Regulations for the medical services of the Army of India
Year: 1930
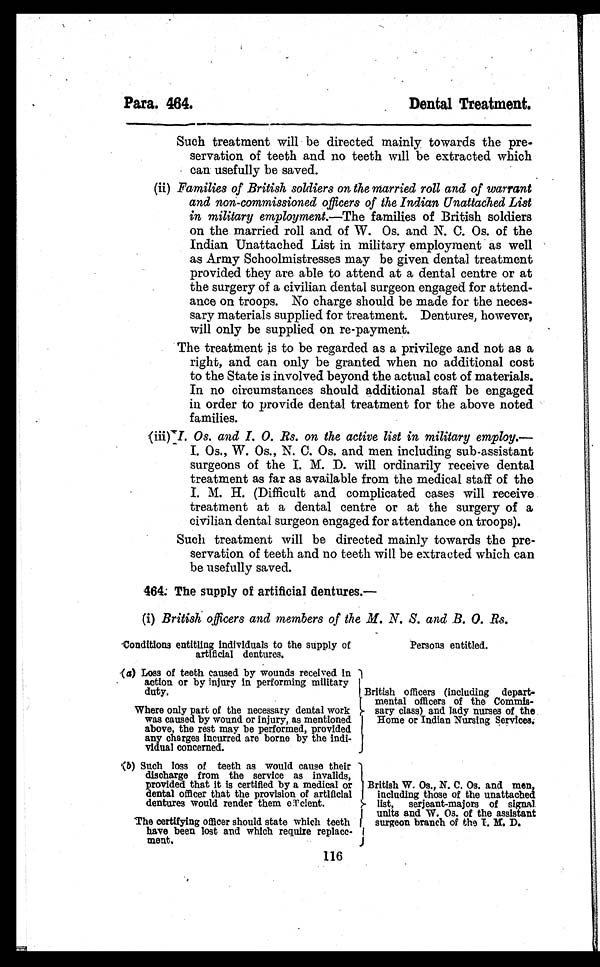
Para. 464.
Dental Treatment.
Such treatment will be directed mainly towards the pre-
servation of teeth and no teeth will be extracted which
can usefully be saved.
(ii) Families of British soldiers on the married roll and of warrant
and non-commissioned officers of the Indian Unattached List
in military employment .—The families of British soldiers
on the married roll and of W. Os. and N. C. Os. of the
Indian Unattached List in military employment as well
as Army Schoolmistresses may be given dental treatment
provided they are able to attend at a dental centre or at
the surgery of a civilian dental surgeon engaged for attend-
ance on troops. No charge should be made for the neces-
sary materials supplied for treatment. Dentures, however,
will only be supplied on re-payment.
The treatment is to be regarded as a privilege and not as a
right, and can only be granted when no additional cost
to the State is involved beyond the actual cost of materials.
In no circumstances should additional staff be engaged
in order to provide dental treatment for the above noted
families.
(iii) Os. and I. O. Rs. on the active list in military employ.—
I. Os., W. Os., N . C. Os. and men including sub-assistant
surgeons of the I. M. D. will ordinarily receive dental
treatment as far as available from the medical staff of the
I. M. H. (Difficult and complicated cases will receive
treatment at a dental centre or at the surgery of a
civilian dental surgeon engaged for attendance on troops).
Such treatment will be directed mainly towards the pre-
servation of teeth and no teeth will be extracted which can
be usefully saved.
464. The supply of artificial dentures.—
(i) British officers and members of the M. N. S. and B. O. Rs.
Conditions entitling individuals to the supply of
artificial dentures.
Persons entitled.
( a )
L o s s o f t e e t h c a u s e d b y w o u n d s r e c e i v e d i n
action or by injury in performing military
duty.
Where only part of the necessary dental work
was caused by wound or injury, as mentioned
above, the rest may be performed, provided
any charges incurred are borne by the indi-
vidual concerned.
British officers (including depart-
mental officers of the Commis
sary class) and lady nurses of the
Home or Indian Nursing services.
(b) Such loss of teeth as would cause their
discharge from the service as invalids,
provided that it is certified by a medical or
dental officer that the provision of artificial
dentures would render them cient.
The certifying officer should state which teeth
have been lost and which require replace-
ment.
British W. Os., N. C. Os. and men,
including those of the unattached
list, serjeant-majors of signal
units and W . Os. of the assistant
surgeon branch of the I. M. D.
116